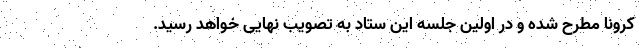
کرونا مطرح شده و در اولین جلسه این ستاد به تصویب نهایی خواهد رسید.